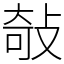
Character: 敧